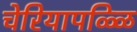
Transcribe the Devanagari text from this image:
चेरियापळ्ळि